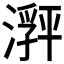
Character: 𬈽